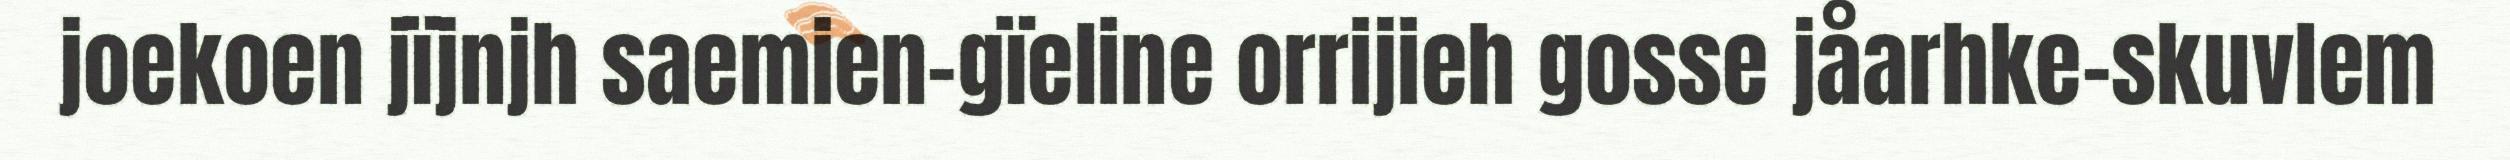
joekoen jïjnjh saemien-gïeline orrijieh gosse jåarhke-skuvlem